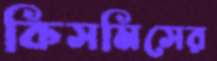
কিসমিসের